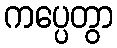
ကပ္ပေတွာ